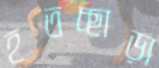
হতচ্ছাড়া